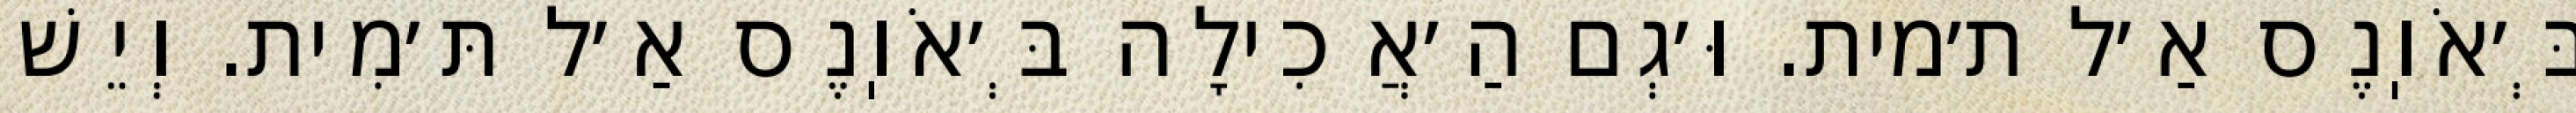
בְּ׳אֹוֽנֶס אַ׳ל ת׳מית. וּ׳גְם הַ׳אֲכִילָה בְּ׳אֹוֽנֶס אַ׳ל תּ׳מִית. וְיֵשׁ